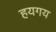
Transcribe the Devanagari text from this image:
हयगय